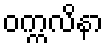
ဝက္ကလိနာ